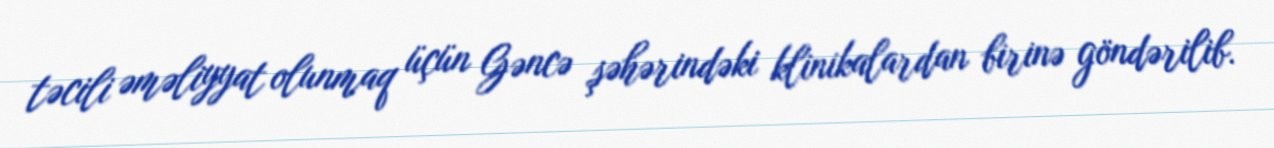
təcili əməliyyat olunmaq üçün Gəncə şəhərindəki klinikalardan birinə göndərilib.